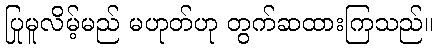
ပြုမူလိမ့်မည် မဟုတ်ဟု တွက်ဆထားကြသည်။